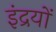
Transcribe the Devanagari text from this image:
इंद्रयों